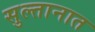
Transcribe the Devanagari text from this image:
सुल्तानात